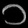
Digit: ၁